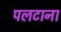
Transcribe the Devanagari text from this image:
पलटाना